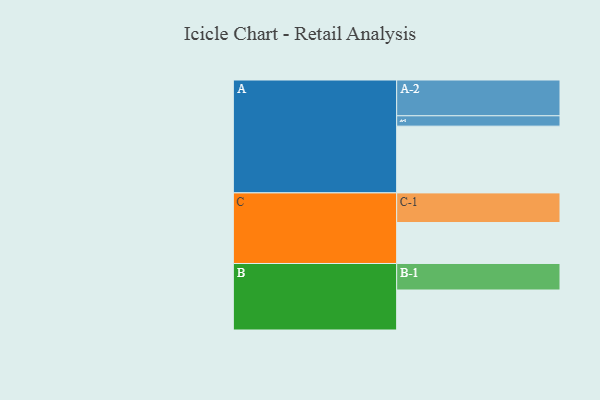
{"axis": {"x": "Segment", "y": "Value"}, "legend": ["", "A", "B", "C"], "data": [{"x": "A", "y": 554, "type": ""}, {"x": "B", "y": 332, "type": ""}, {"x": "C", "y": 340, "type": ""}, {"x": "A-1", "y": 86, "type": "A"}, {"x": "A-2", "y": 297, "type": "A"}, {"x": "B-1", "y": 220, "type": "B"}, {"x": "C-1", "y": 246, "type": "C"}]}